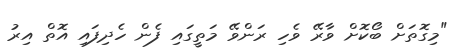
"މިގޮތަށް ބޯކޮށް ވާރޭ ވެހި ރަންވޭ މަތީގައި ފެން ހެދިފައި އޮތް އިރު